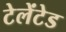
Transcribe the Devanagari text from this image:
टेलेंटेड